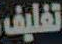
تغليف